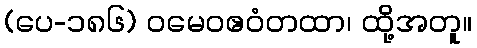
(ပေ-၁၈၆) ဝမေဝဧဝံတထာ၊ ထို့အတူ။